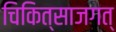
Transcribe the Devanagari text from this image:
चिकित्साजगत्